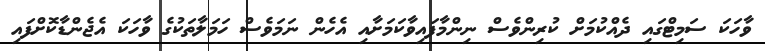
ވާހަކަ ސަމިޓްގައި ދެއްކުމަށް ކުރިންވެސް ނިންމާފައިވާކަމަށާއި އެހެން ނަމަވެސް ހަމަލާތަކުގެ ވާހަކަ އެޖެންޑާކޮށްފައި